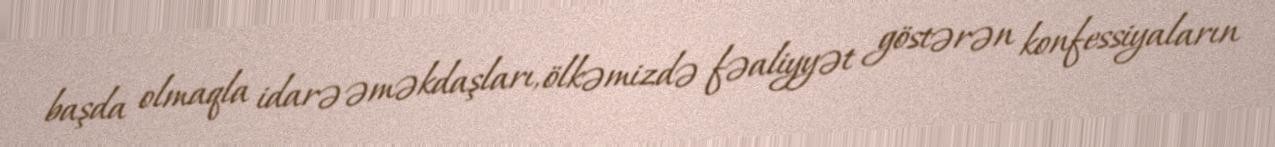
başda olmaqla idarə əməkdaşları, ölkəmizdə fəaliyyət göstərən konfessiyaların